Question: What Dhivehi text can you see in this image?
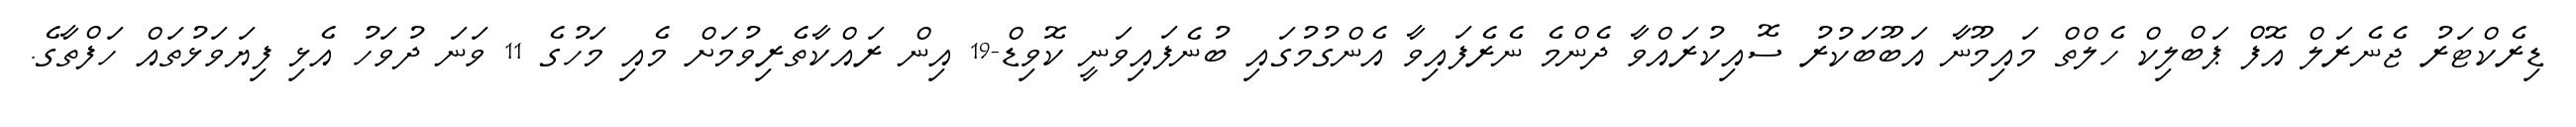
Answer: ޑިރެކްޓަރު ޖެނެރަލް އޮފް ޕަބްލިކް ހެލްތް މައިމޫނާ އަބޫބަކުރު ސޮއިކުރައްވާ ދެންމެ ނެރެފައިވާ އެންގުމުގައި ބުނެފައިވަނީ ކޮވިޑް-19 އިން ރައްކާތެރިވުމަށް މެއި މަހުގެ 11 ވަނަ ދުވަހު އެޅި ފިޔަވަޅުތައް ހަފްތާގެ.